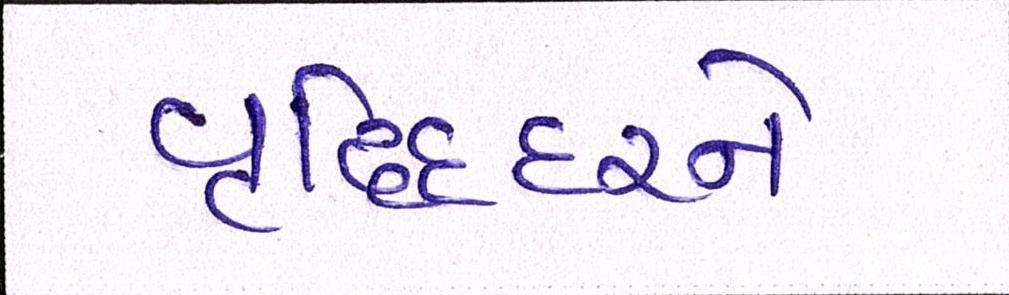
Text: વૃદ્ધિદરને